Indian journal of veterinary science and animal husbandry - Volume 6,
Year: 1936
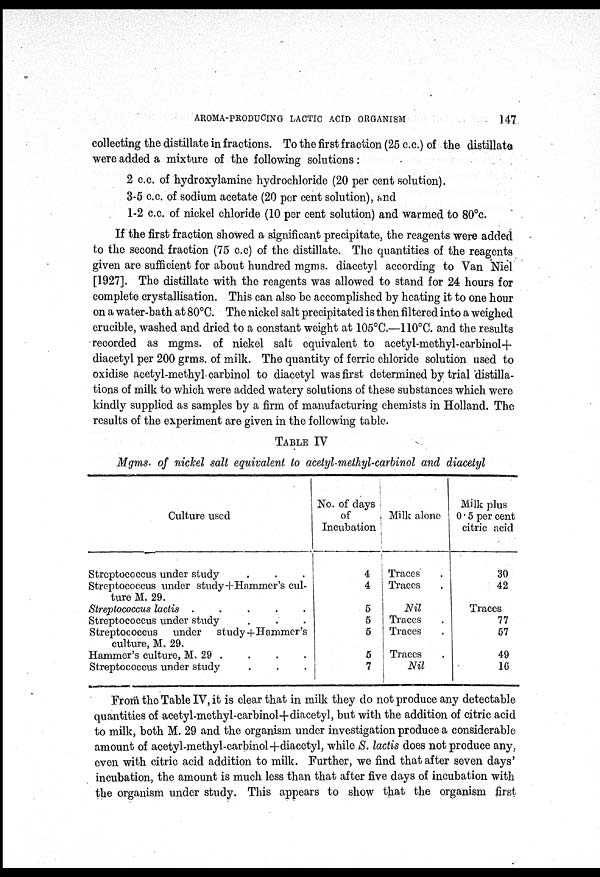
AROMA-PRODUCING LACTIC ACID ORGANISM
147
collecting the distillate in fractions. To the first fraction (25 c.c.) of the distillate
were added a mixture of the following solutions:
2 c.c. of hydroxylamine hydrochloride (20 per cent solution).
3-5 c.c. of sodium acetate (20 per cent solution), and
1-2 c.c. of nickel chloride (10 per cent solution) and warmed to 80°c.
If the first fraction showed a significant precipitate, the reagents were added
to the second fraction (75 c.c) of the distillate. The quantities of the reagents
given are sufficient for about hundred mgms. diacetyl according to Van Niel
[1927]. The distillate with the reagents was allowed to stand for 24 hours for
complete crystallisation. This can also be accomplished by heating it to one hour
on a water-bath at 80°C. The nickel salt precipitated is then filtered into a weighed
crucible, washed and dried to a constant weight at 105°C.—110°C. and the results
recorded as mgms. of nickel salt equivalent to acetyl-methyl-carbinol+
diacetyl per 200 grms. of milk. The quantity of ferric chloride solution used to
oxidise acetyl-methyl carbinol to diacetyl was first determined by trial distilla-
tions of milk to which were added watery solutions of these substances which were
kindly supplied as samples by a firm of manufacturing chemists in Holland. The
results of the experiment are given in the following table.
TABLE IV
Mgms. of nickel salt equivalent to acetyl-methyl-carbinol and diacetyl
Culture used
Streptococcus under study . . .
Streptococcus under study+Hammer's cul-
ture M. 29.
Streptococcus lactis
.
.
.
.
.
Streptococcus under study . . .
Streptococcus
under
study+Hammer's
culture, M. 29.
Hammer's culture, M. 29 . . . .
Streptococcus under study . . .
No. of days
of
Incubation
4
4
5
5
5
5
7
Milk alone
Traces .
Traces .
Nil
Traces .
Traces .
Traces .
Nil
Milk plus
0 . 5 per cent
citric acid
30
42
Traces
77
57
49
16
From the Table IV, it is clear that in milk they do not produce any detectable
quantities of acetyl-methyl-carbinol+diacetyl, but with the addition of citric acid
to milk, both M. 29 and the organism under investigation produce a considerable
amount of acetyl-methyl-carbinol+diacetyl, while S. lactis does not produce any,
even with citric acid addition to milk. Further, we find that after seven days'
incubation, the amount is much less than that after five days of incubation with
the organism under study. This appears to show that the organism first